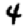
Digit: 4